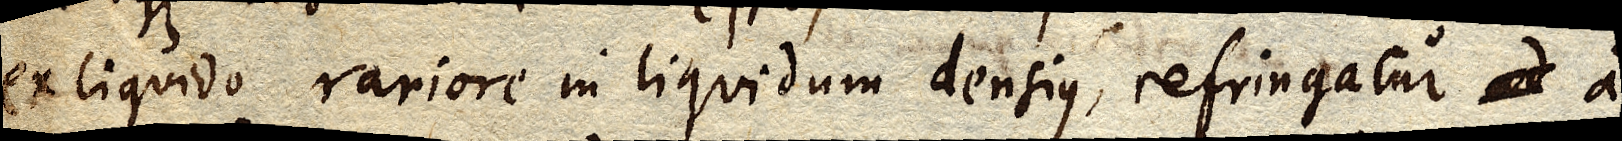
ex liquido rariore in liquidum densius, refringatur ad a